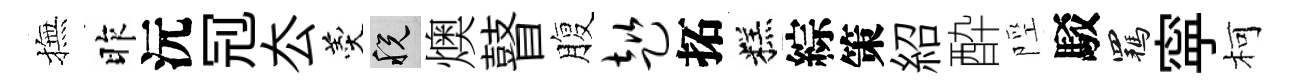
撫昨沅𠜍厺羹税燠瞽腹趑拓糕綜策紹酔陘駁羈寜柯